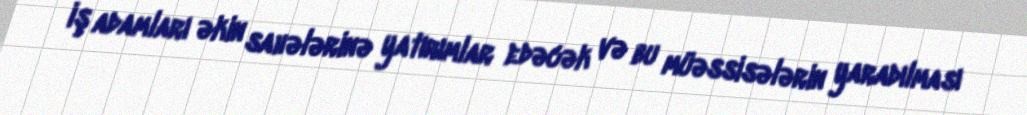
iş adamları əkin sahələrinə yatırımlar edəcək və bu müəssisələrin yaradılması